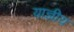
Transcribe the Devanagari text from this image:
याज्ञीय